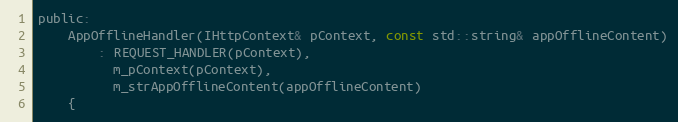
Language: C
public:
    AppOfflineHandler(IHttpContext& pContext, const std::string& appOfflineContent)
        : REQUEST_HANDLER(pContext),
          m_pContext(pContext),
          m_strAppOfflineContent(appOfflineContent)
    {